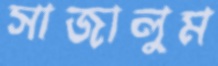
সাজালুম